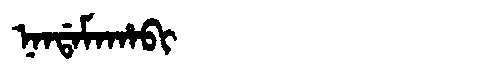
Manchu: ᠨᠠᠨᡩᠠᠮᠠᡥᠠᠪᡳ
Romanization: NANDAMAHABI